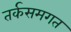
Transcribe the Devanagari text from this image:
तर्कसमगत